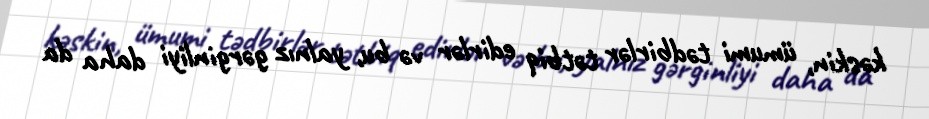
kəskin, ümumi tədbirlər tətbiq edirlər və bu, yalnız gərginliyi daha da